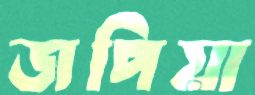
জপিয়া